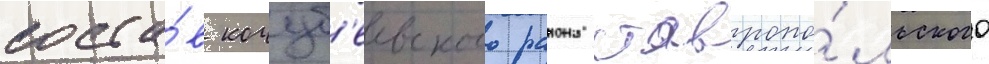
соста́в кочуб'еевского раиона ставропо́льского